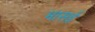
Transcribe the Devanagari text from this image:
मासई